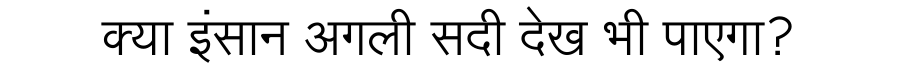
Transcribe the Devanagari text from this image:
क्या इंसान अगली सदी देख भी पाएगा?